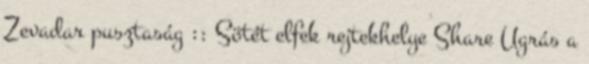
Zevadar pusztaság :: Sötét elfek rejtekhelye Share Ugrás a